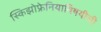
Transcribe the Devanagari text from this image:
स्किझोफ्रेनियाविषयीची